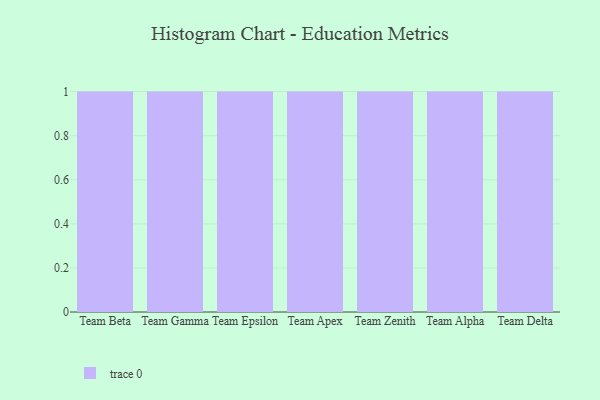
{"axis": {"x": "Team", "y": "Energy Usage (MWh)"}, "legend": [""], "data": [{"x": "Team Beta", "y": 84, "type": ""}, {"x": "Team Gamma", "y": 29, "type": ""}, {"x": "Team Epsilon", "y": 10, "type": ""}, {"x": "Team Apex", "y": 48, "type": ""}, {"x": "Team Zenith", "y": 4, "type": ""}, {"x": "Team Alpha", "y": 98, "type": ""}, {"x": "Team Delta", "y": 39, "type": ""}]}